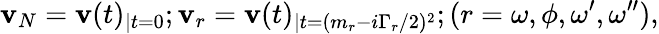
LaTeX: \mathbf{v}_{N}=\mathbf{v}(t)_{|t=0};\mathbf{v}_{r}=\mathbf{v}(t)_{|t=(m_{r}-i\Gamma_{r}/2)^{2}};(r=\omega,\phi,\omega^{\prime},\omega^{\prime\prime}),